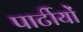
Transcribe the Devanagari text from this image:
पार्टीयों